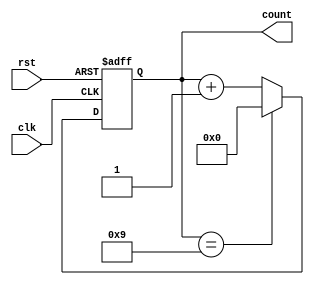
module ModulusCounter(
    input wire clk,
    input wire rst,
    output reg [7:0] count
);

parameter MODULUS = 10; // Specify modulus value here

always @(posedge clk or posedge rst) begin
    if (rst) begin
        count <= 0;
    end else begin
        if (count == MODULUS - 1) begin
            count <= 0;
        end else begin
            count <= count + 1;
        end
    end
end

endmodule